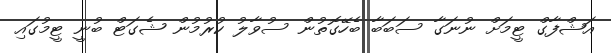
އަޝްފާގް ޓީމަށް ނުނަގާ ސަބަބާ ބެހޭގޮތުން ސުވާލު ކުރުމުން ޝެގަޓް ބުނީ ޓީމުގައި